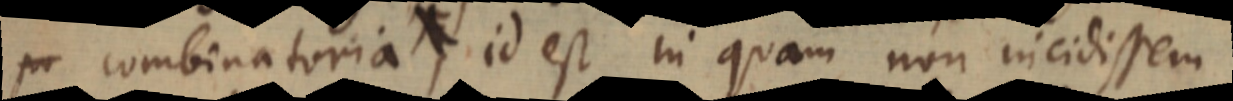
seu combinatoria, id est in quam non incidissem